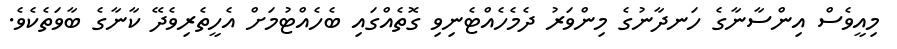
މިއީވެސް އިންސާނާގެ ހަނދާނުގެ މިންވަރު ދެމެހެއްޓެނިވި ގޮތެއްގައި ބެހެއްޓުމަށް އެހީތެރިވެދޭ ކާނާގެ ބާވަތެކެވެ.